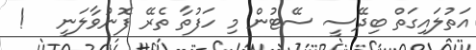
އަތުލައިގަތް ބިދޭސީ ސޭޓުން މި ހަފުތާ ތެރޭ ފޮނުވާލަނީ   !